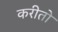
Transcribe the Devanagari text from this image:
करीतो